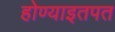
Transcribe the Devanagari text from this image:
होण्याइतपत